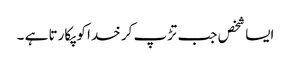
ایسا شخص جب تڑپ کر خدا کو پکارتا ہے ۔